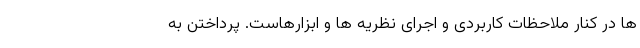
ها در کنار ملاحظات کاربردی و اجرای نظریه ها و ابزارهاست. پرداختن به